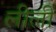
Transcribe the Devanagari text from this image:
लीलीं